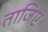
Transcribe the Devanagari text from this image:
ताजिए